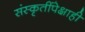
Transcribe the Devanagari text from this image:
संस्कृतींपेक्षाही